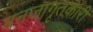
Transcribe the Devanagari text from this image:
मनजागृतकारी